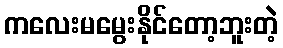
ကလေးမမွေးနိုင်တော့ဘူးတဲ့